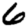
Digit: 6